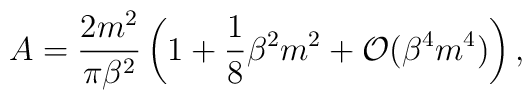
A = \frac{2m^2}{\pi \beta^2} \left( 1 + \frac{1}{8} \beta^2 m^2 + {\cal O}(\beta^4 m^4) \right),